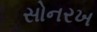
સોનરખ